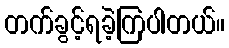
တက်ခွင့်ရခဲ့ကြပါတယ်။